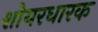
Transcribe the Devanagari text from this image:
शोयरधारक